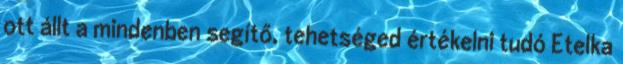
ott állt a mindenben segítő, tehetséged értékelni tudó Etelka